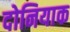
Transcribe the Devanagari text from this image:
दोनियाक